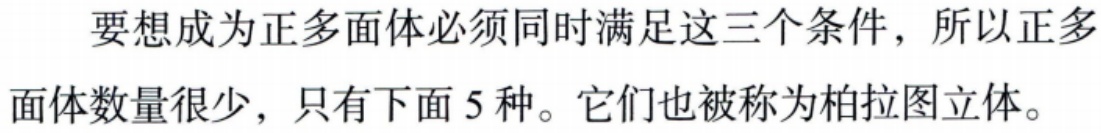
要想成为正多面体必须同时满足这三个条件，所以正多面体数量很少，只有下面 5 种。它们也被称为柏拉图立体。